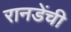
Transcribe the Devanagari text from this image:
रानडेंची